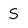
Character: S